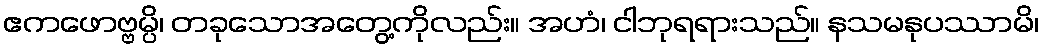
ဧကဖောဗ္ဗမ္ပိ၊ တခုသောအတွေ့ကိုလည်း။ အဟံ၊ ငါဘုရရားသည်။ နသမနုပဿာမိ၊